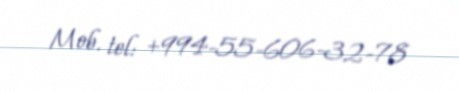
Mob. tel: +994-55-606-32-78